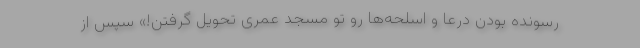
رسونده بودن درعا و اسلحه‌ها رو تو مسجد عُمری تحویل گرفتن!» سپس از